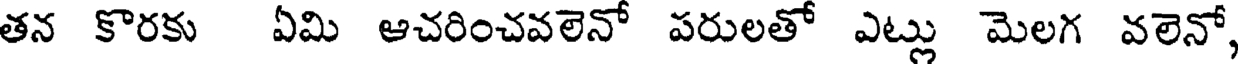
తన కొరకు ఏమి ఆచరించవలెనో పరులతో ఎట్లు మెలగ వలెనో,